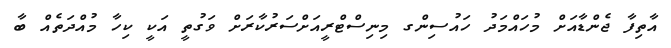
އާތިފާ ޖެންޑާއަށް މުހައްމަދު ހައުސިންގ މިނިސްޓްރީއަށްސަރުކާރަށް ވަގުތީ އަކީ ކިހާ މުއްދަތެއް ބާ